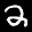
Label: 2